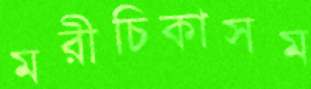
মরীচিকাসম